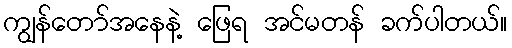
ကျွန်တော်အနေနဲ့ ဖြေရ အင်မတန် ခက်ပါတယ်။